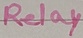
Text: Relay